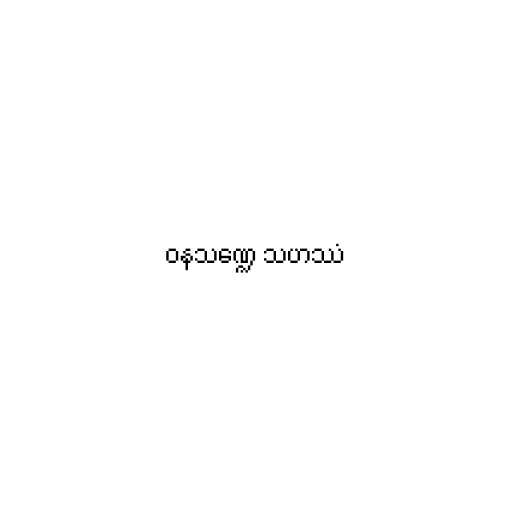
ဝနသဏ္ဍေ သဟဿံ